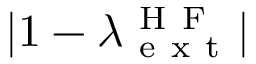
| 1 - \lambda _ { \mathrm { ~ e ~ x ~ t ~ } } ^ { \mathrm { ~ H ~ F ~ } } |